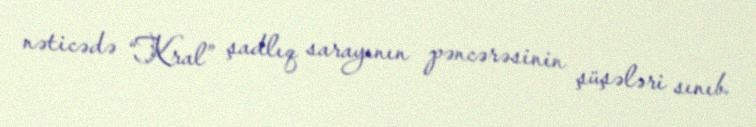
nəticədə “Kral” şadlıq sarayının pəncərəsinin şüşələri sınıb.